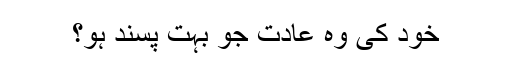
خود کی وہ عادت جو بہت پسند ہو؟